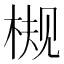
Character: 𬃀